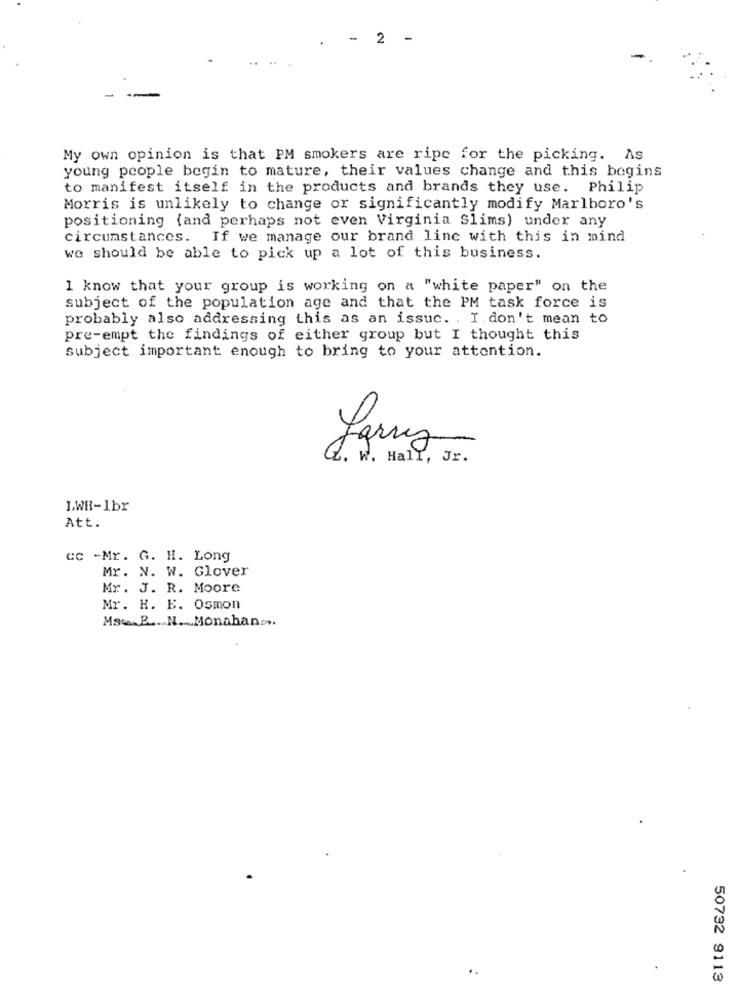
- 2 -
My own opinion is that PM smokers are ripe for the picking. As
young people begin to mature, their values change and this begins
to manifest itself in the products and brands they use. Philip
Morris is unlikely to change or significantly modify Marlboro's
positioning (and perhaps not even Virginia Slims) under any
circumstances. If we manage our brand line with this in mind
we should be able to pick up a lot of this business.
1 know that your group is working on a "white paper" on the
subject of the population age and that the PM task force is
probably also addressing this as an issuc. . I.don't mean to
pre-empt the findings of either group but I thought this
subject important enough to bring to your attention.
Q. W. Hall, Jr.
LWH-1bx
Att.
cc -Mr. G. H. Long
Mr. N. W. Glover
Mr. J. R. Moore
Mr. H. E. Osmon
Ms.E. N. Monahan ..
50732 9113